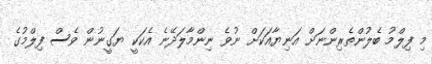
މި ފިލްމު ބެލުންތެރިންނަށް އަނިޔާއަކަށް ނުވެ ނިންމާލަދޭނެ އެކަކީ ޔަގީނުން ވެސް ފިލްމުގެ